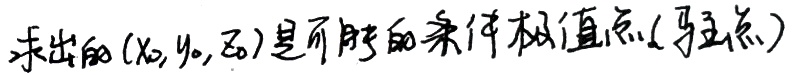
求出的\((x_0, y_0, z_0)\)是可能的条件极值点(驻点)